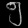
Digit: ၅